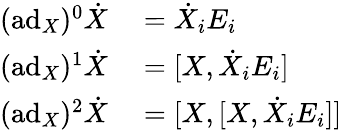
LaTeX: \begin{array}{rl}{(\mathrm{ad}_{X})^{0}\dot{X}}&{{}=\dot{X}_{i}E_{i}}\\ {(\mathrm{ad}_{X})^{1}\dot{X}}&{{}=[X,\dot{X}_{i}E_{i}]}\\ {(\mathrm{ad}_{X})^{2}\dot{X}}&{{}=[X,[X,\dot{X}_{i}E_{i}]]}\end{array}